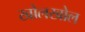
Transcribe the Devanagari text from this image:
खोलखोल